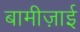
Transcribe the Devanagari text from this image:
बामीज़ाई